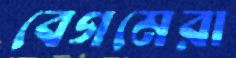
বেগমেরা